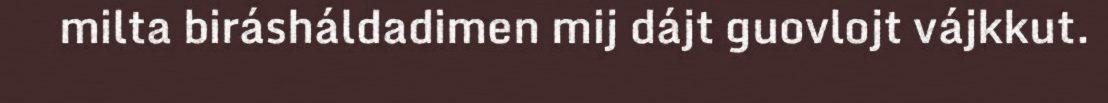
milta birásháldadimen mij dájt guovlojt vájkkut.